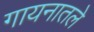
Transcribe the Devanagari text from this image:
गायनातले